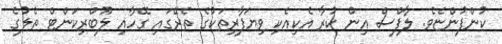
ކުންފުންޏެވެ. ލާފްސް އިން ކުރާ އެކިއެކި ވިޔަފާރިތަކުގެ ތެރޭގައި ގޭހާއި ލޫބްރިކަންޓް ތެލުގެ